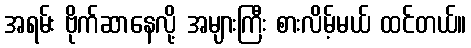
အရမ်း ဗိုက်ဆာနေလို့ အများကြီး စားလိမ့်မယ် ထင်တယ်။